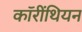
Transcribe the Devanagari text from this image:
कॉरींथियन